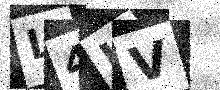
Text: L4LV